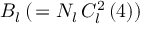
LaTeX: B _ { l } \, ( \, = N _ { l } \, C _ { l } ^ { 2 } \left( 4 \right) )